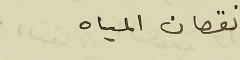
نقصان المياه